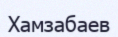
Хамзабаев